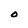
Character: O